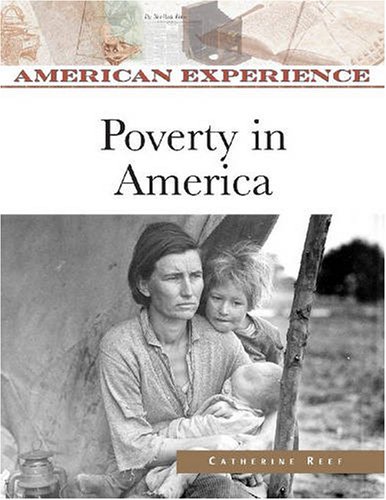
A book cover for Poverty in America (American Experience); Catherine Reef; Teen & Young Adult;